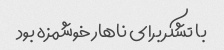
با تشکر برای ناهار خوشمزه بود